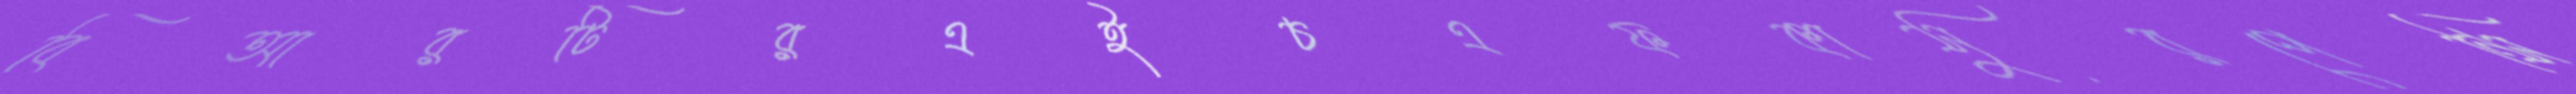
বিআরটিরএইচএফকাসুরপেন্সি